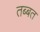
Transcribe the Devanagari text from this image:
तब्बत